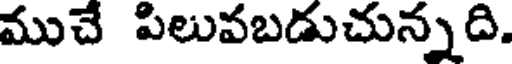
ముచే పిలువబడుచున్నది.